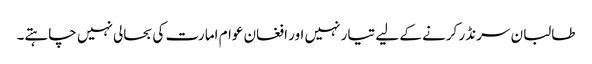
طالبان سرنڈر کرنے کے لیے تیار نہیں اور افغان عوام امارت کی بحالی نہیں چاہتے۔